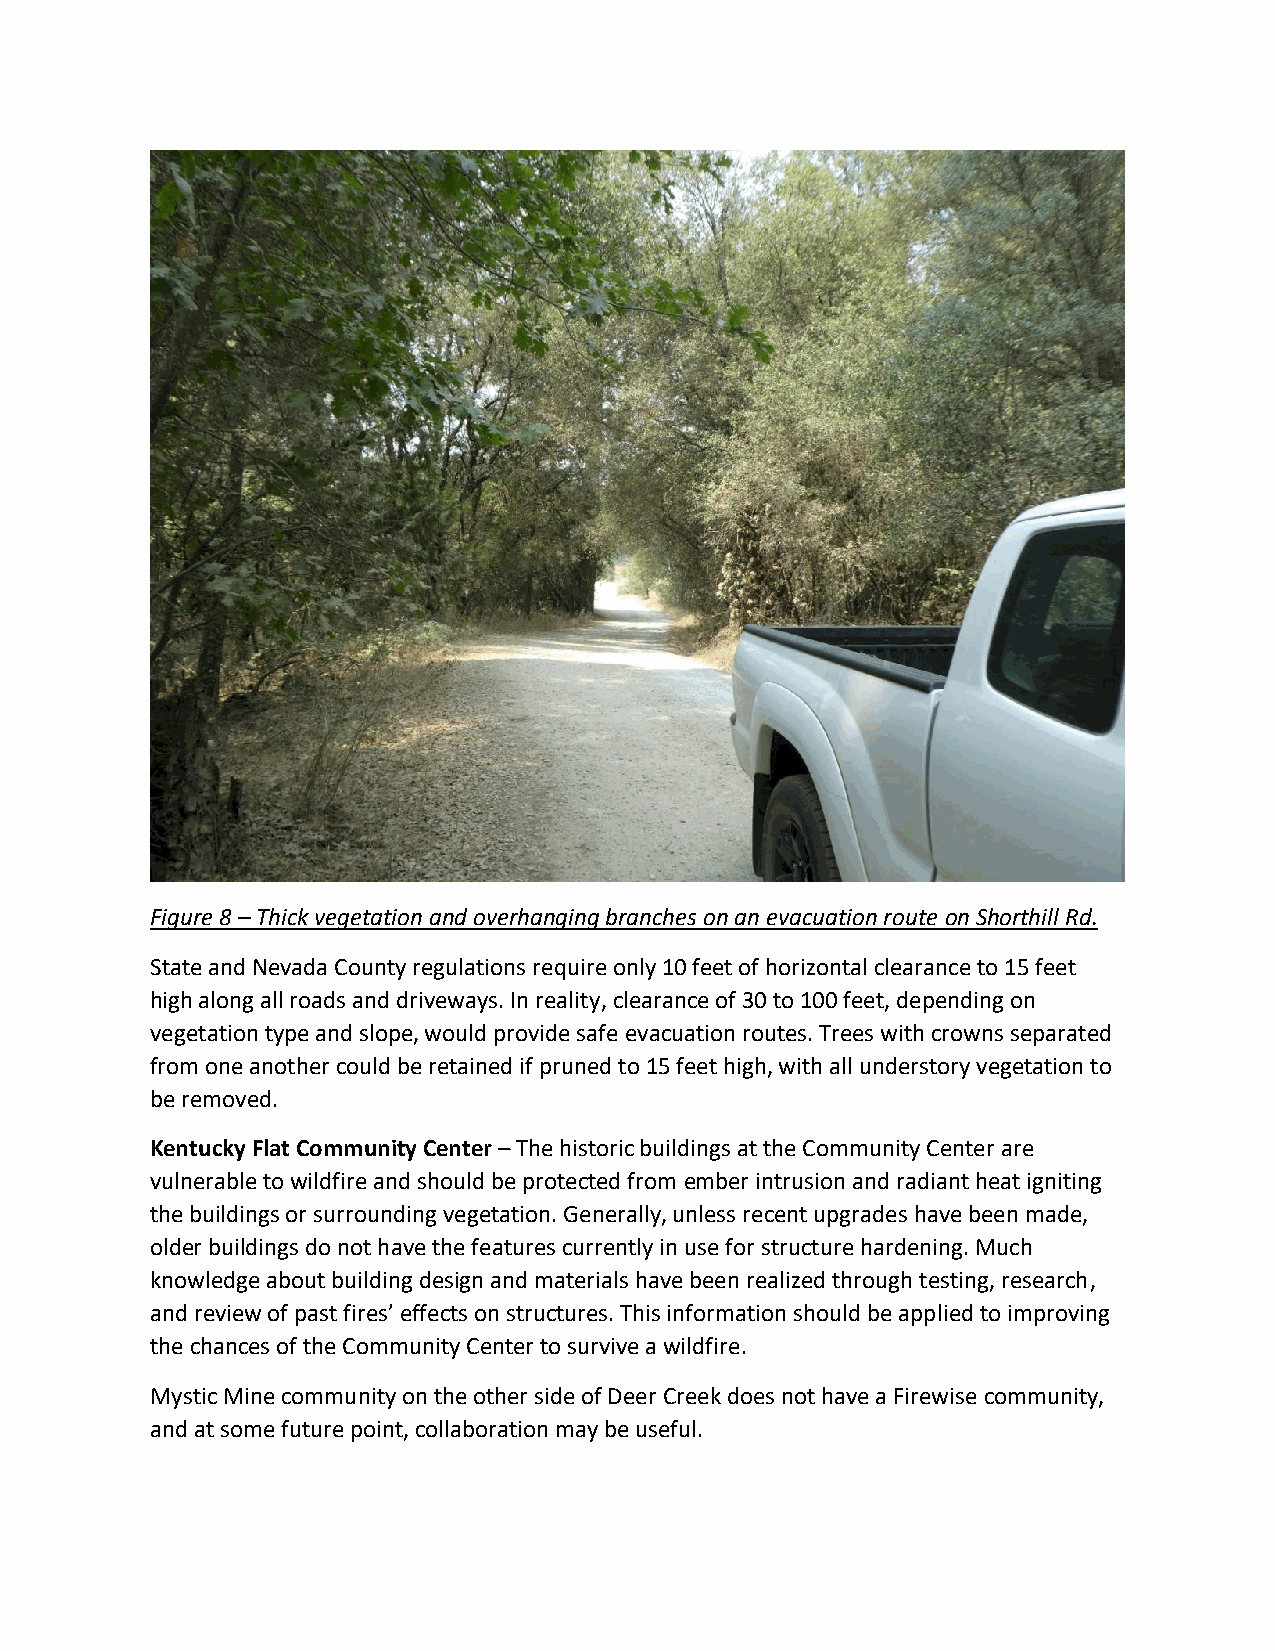
Figure 8 – Thick vegetation and overhanging branches on an evacuation route on Shorthill Rd.
 State and Nevada County regulations require only 10 feet of horizontal clearance to 15 feet
 high along all roads and driveways. In reality, clearance of 30 to 100 feet, depending on
 vegetation type and slope, would provide safe evacuation routes. Trees with crowns separated
 from one another could be retained if pruned to 15 feet high, with all understory vegetation to
 be removed.
 Kentucky Flat Community Center – The historic buildings at the Community Center are
 vulnerable to wildfire and should be protected from ember intrusion and radiant heat igniting
 the buildings or surrounding vegetation. Generally, unless recent upgrades have been made,
 older buildings do not have the features currently in use for structure hardening. Much
 knowledge about building design and materials have been realized through testing, research,
 and review of past fires’ effects on structures. This information should be applied to improving
 the chances of the Community Center to survive a wildfire.
 Mystic Mine community on the other side of Deer Creek does not have a Firewise community,
 and at some future point, collaboration may be useful.